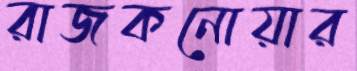
রাজকনোয়ার